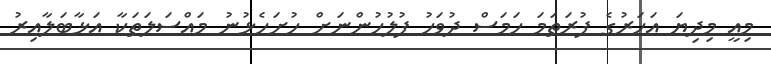
މިއީ މިދިޔަ އަހަރުގެ ފުރަތަމަ ހަމަސް ދުވަހު ފުލުހުންނަށް ހުށަހެޅުނު މައްސަލަތަކާ އަޅާބަލާއިރު